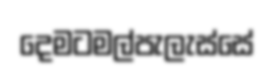
දෙමටමල්පැලැස්සේ